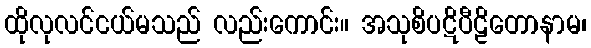
ထိုလုလင်ငယ်မသည် လည်းကောင်း။ အသုစိပဋိပီဠိတောနာမ၊